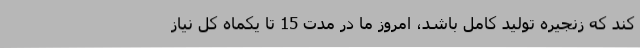
کند که زنجیره تولید کامل باشد، امروز ما در مدت 15 تا یکماه کل نیاز